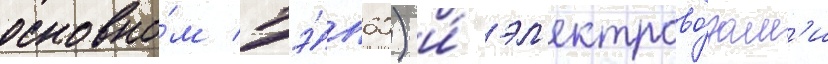
основно́м тэ́п60) и́ эл'ектрово́зам'и